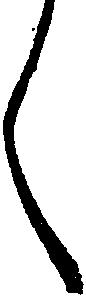
く